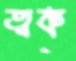
ত্বক্‌